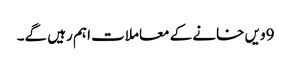
9ویں خانے کے معاملات اہم رہیں گے۔